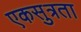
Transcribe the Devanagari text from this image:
एकसुत्रता